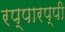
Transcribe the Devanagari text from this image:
रप्पारप्पी